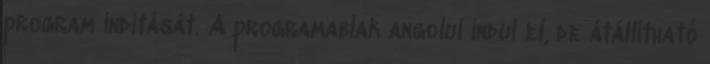
program indítását. A programablak angolul indul el, de átállítható